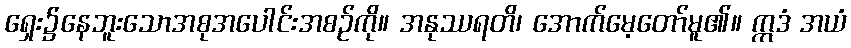
ရှေး၌နေဘူးသောအစုအပေါင်းအစဉ်ကို။ အနုဿရတိ၊ အောက်မေ့တော်မူ၏။ ဣဒံ အယံ